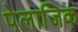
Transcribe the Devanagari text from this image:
पेलाजिक